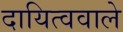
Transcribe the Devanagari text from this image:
दायित्ववाले